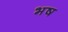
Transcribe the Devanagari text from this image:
भष